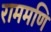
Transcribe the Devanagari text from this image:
राममणि